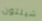
شيلتون